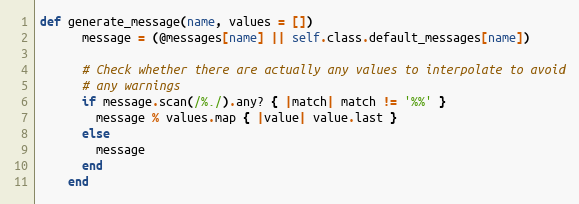
Language: Ruby
def generate_message(name, values = [])
      message = (@messages[name] || self.class.default_messages[name])

      # Check whether there are actually any values to interpolate to avoid
      # any warnings
      if message.scan(/%./).any? { |match| match != '%%' }
        message % values.map { |value| value.last }
      else
        message
      end
    end